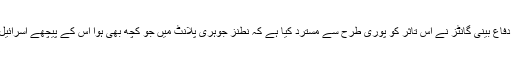
لیکن اسرائیلی وزیر دفاع بینی گانٹز نے اس تاثر کو پوری طرح سے مسترد کیا ہے کہ نطنز جوہری پلانٹ میں جو کچھ بھی ہوا اس کے پیچھے اسرائیل کا ہاتھ ہوسکتا ہے۔